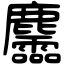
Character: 麢